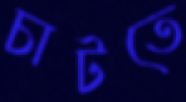
চাটতে